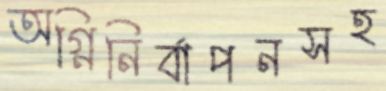
অগ্নিনির্বাপনসহ